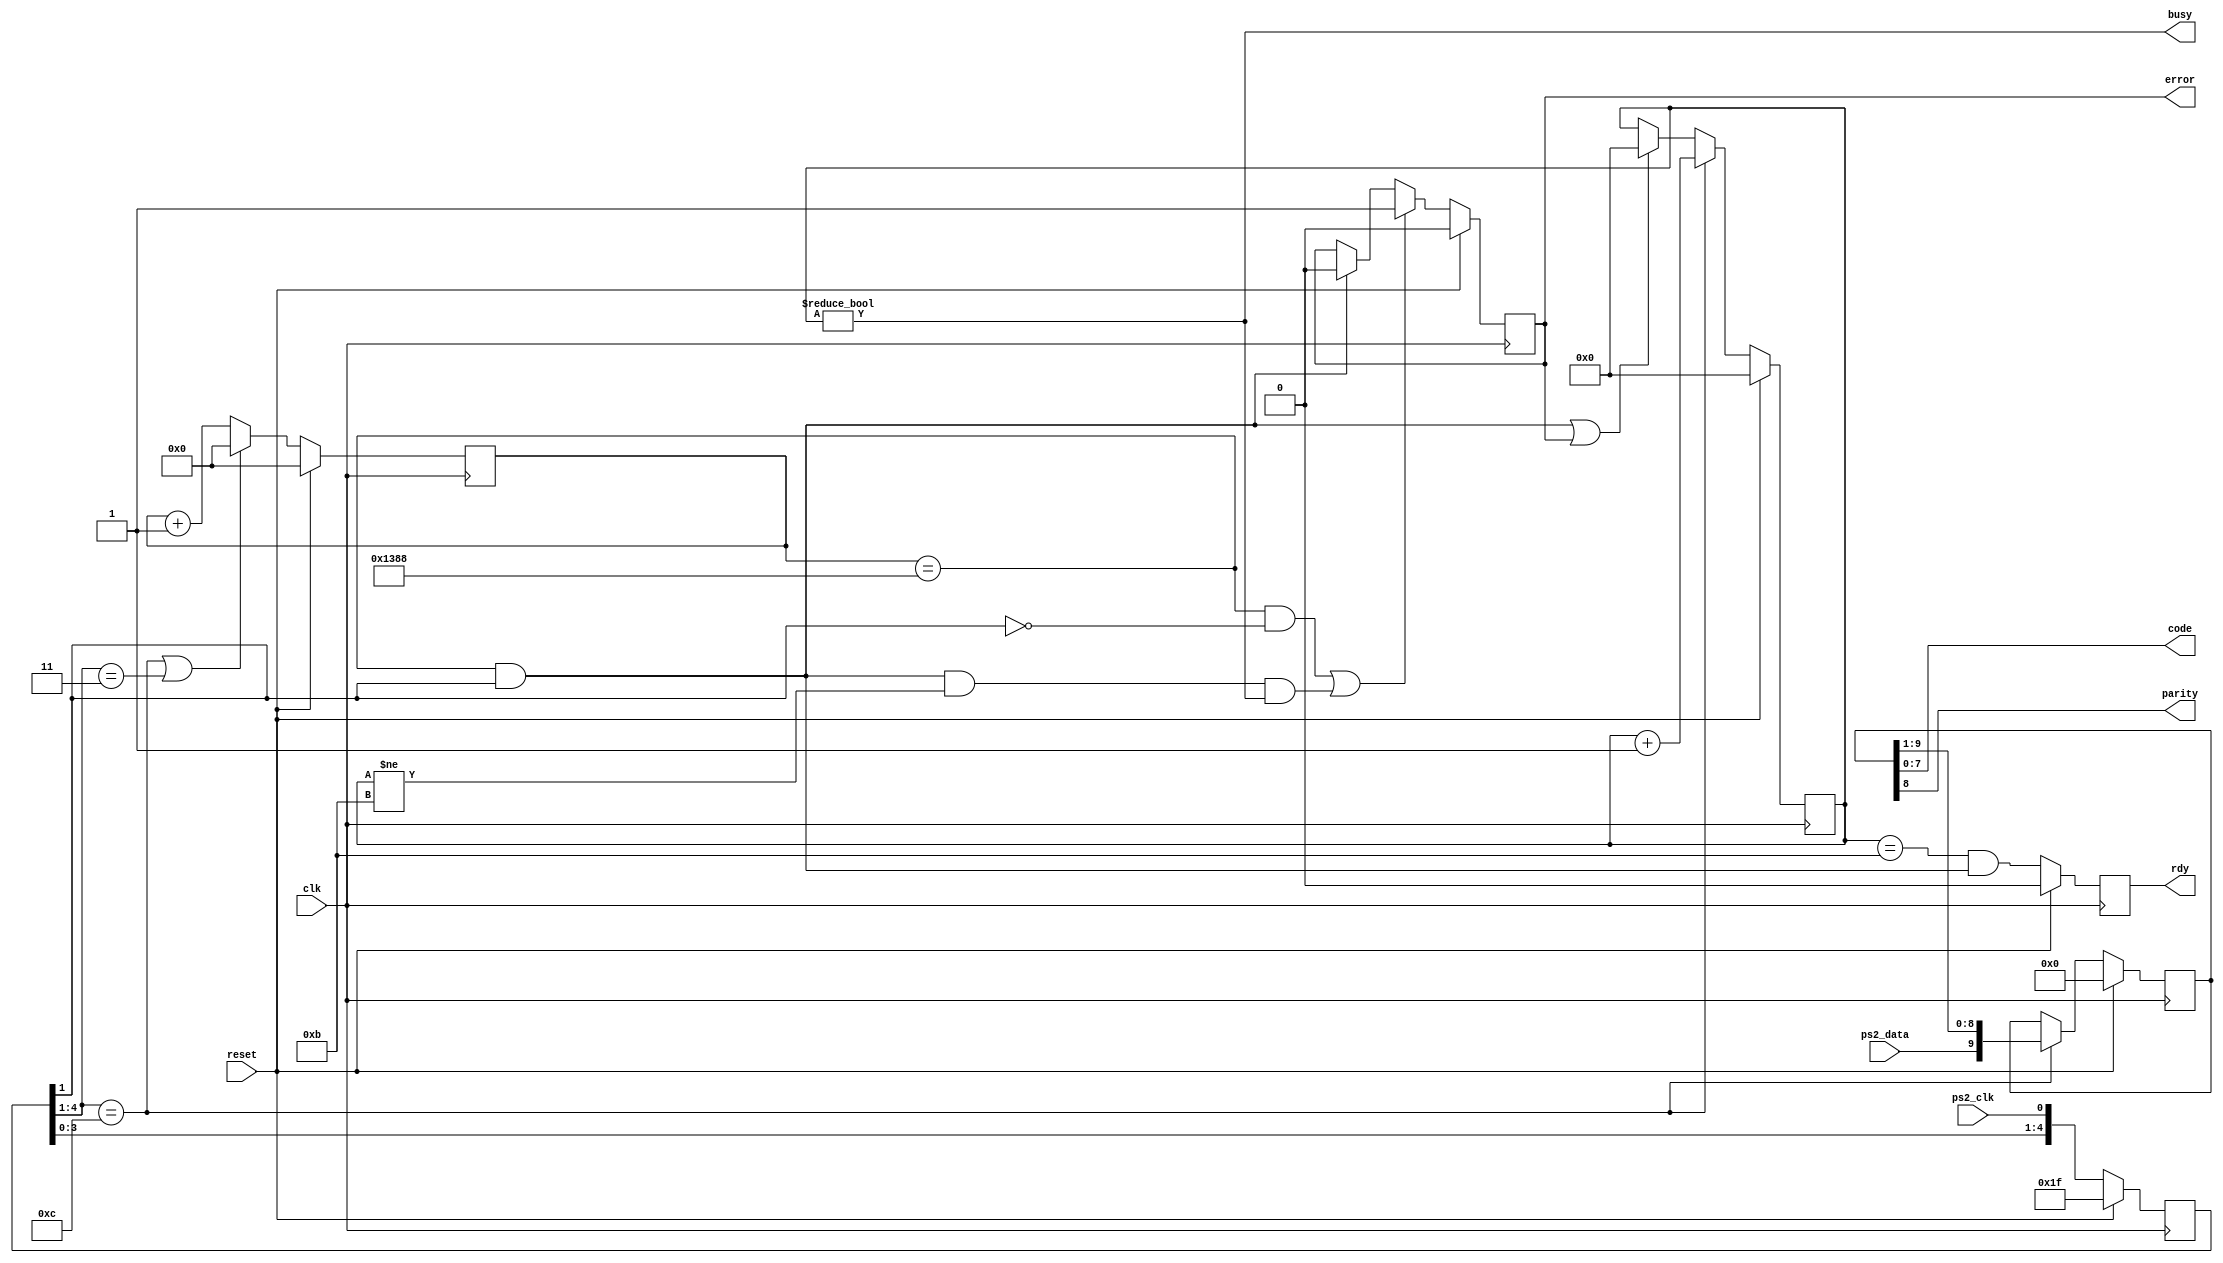
// ps2.v

/*
 * Monitor the serial datastream and clock from a PS/2 keyboard or mouse
 * and output each byte received.
 *
 * The clock from the PS/2 keyboard is sampled at
 * the frequency of the main clock input; edges are extracted,
 * The main clock must be substantially faster than
 * the 10 KHz PS/2 clock - 200 KHz or more.
 *
 * The code is only valid when the ready signal is high.  The scancode
 * should be registered by an external circuit on the first clock edge
 * after the ready signal goes high.
 *
 * The error flag is set whenever the PS/2 clock stops pulsing and the
 * PS/2 clock is either at a low level or less than 11 bits of serial
 * data have been received (start + 8 data + parity + stop).
 */

module ps2(clk,		// main clock
	   reset,	// asynchronous reset
	   ps2_clk,	// clock from keyboard
	   ps2_data,	// data from keyboard
	   code,	// received byte
	   parity,	// parity bit for scancode
	   busy,	// busy receiving scancode
	   rdy,		// scancode ready pulse
	   error	// error receiving scancode
	   );
   
   input clk, reset;
   input ps2_clk;
   input ps2_data;
   output [7:0] code;
   output 	parity;
   output 	busy;
   output 	rdy;
   output 	error;


   parameter FREQ = 50000; // frequency of the main clock (KHz)
//   parameter FREQ = 25000; // frequency of the main clock (KHz)
//   parameter FREQ = 12500; // frequency of the main clock (KHz)
   parameter PS2_FREQ = 10;  // keyboard clock frequency (KHz)
   parameter TIMEOUT  = FREQ / PS2_FREQ;  // ps2_clk quiet timeout
//   parameter [7:0] KEY_RELEASE = 8'b11110000;  // sent when key is rel'd

   reg [13:0]  timer_r;		// time since last PS/2 clock edge
   wire [13:0] timer_c;

   reg [3:0]   bitcnt_r;	// number of received scancode bits
   wire [3:0]  bitcnt_c;

   reg [4:0]   ps2_clk_r;	// PS/2 clock sync / edge detect
   wire [4:0]  ps2_clk_c;

   reg [9:0]   sc_r;	 	// scancode shift register
   wire [9:0]  sc_c;

   reg 	       rdy_r;	 	// set when scancode ready
   wire        rdy_c;

   reg 	       error_r;	 	// set when an error occurs
   wire        error_c;

   wire        ps2_clk_fall_edge; // on falling edge of PS/2 clock
   wire        ps2_clk_rise_edge; // on rising edge of PS/2 clock
   wire        ps2_clk_edge;	 // on either edge of PS/2 clock
   wire        ps2_clk_quiet;	 // when no edges on PS/2 clock for TIMEOUT
   wire        scancode_rdy;	 // when scancode has been received


   // sample ps/2 clock
   assign ps2_clk_c = {ps2_clk_r[3:0], ps2_clk};

   // find ps/2 clock edges
   assign ps2_clk_fall_edge = ps2_clk_r[4:1] == 4'b1100;
   assign ps2_clk_rise_edge = ps2_clk_r[4:1] == 4'b0011;
   assign ps2_clk_edge      = ps2_clk_fall_edge || ps2_clk_rise_edge;

   // sample ps/2 data line on falling edge of ps/2 clock
   assign sc_c = ps2_clk_fall_edge ? {ps2_data, sc_r[9:1]} : sc_r;

   // clear edge timer when we see a clock edge
   assign timer_c = ps2_clk_edge ? 0 : (timer_r + 1);

   // notice when ps/2 clock is idle
   assign ps2_clk_quiet = timer_r == TIMEOUT && ps2_clk_r[1];

   // incr bit counter on falling edge of the ps/2 clock.
   // reset bit counter if the ps/2 clock is idle or
   // there was an error receiving the scancode.
   assign bitcnt_c = ps2_clk_fall_edge ? (bitcnt_r + 1) :
		     (ps2_clk_quiet || error_r) ? 0 :
		     bitcnt_r;

   // detect ready - bit counter = 11 & ps/2 clock idle
   assign scancode_rdy = bitcnt_r == 4'd11 && ps2_clk_quiet;

   assign rdy_c = scancode_rdy;

   // detect error - clock low too long or idle during scancode rx
   assign error_c = (timer_r == TIMEOUT && ps2_clk_r[1] == 0) ||
		    (ps2_clk_quiet && bitcnt_r != 4'd11 && bitcnt_r != 4'd0) ?
//		    1 : error_r;
		    1 : (ps2_clk_quiet ? 0 : error_r);

   // outputs
   assign code     = sc_r[7:0];		// scancode
   assign parity   = sc_r[8];		// parity bit for the scancode
   assign busy     = bitcnt_r != 4'd0;	// busy when recv'ing scancode
   assign rdy      = rdy_r;		// scancode ready flag
   assign error    = error_r;		// error flag

   // update the various registers
   always @(posedge clk)
     if (reset)
       begin
	  ps2_clk_r <= 5'b11111;  // assume PS/2 clock has been high
	  sc_r      <= 0;
	  rdy_r     <= 0;
	  timer_r   <= 0;
	  bitcnt_r  <= 0;
	  error_r   <= 0;
       end
     else
       begin
	  ps2_clk_r <= ps2_clk_c;
	  sc_r      <= sc_c;
	  rdy_r     <= rdy_c;
	  timer_r   <= timer_c;
	  bitcnt_r  <= bitcnt_c;
	  error_r   <= error_c;
       end
   
endmodule